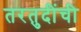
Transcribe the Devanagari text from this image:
तरतुदींची